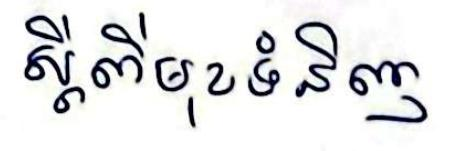
ស្ដីពីមុខទំនិញ